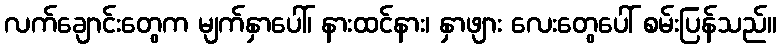
လက်ချောင်းတွေက မျက်နှာပေါ်၊ နားထင်နား၊ နှာဖျား လေးတွေပေါ် စမ်းပြန်သည်။